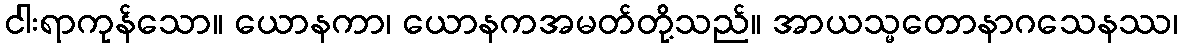
ငါးရာကုန်သော။ ယောနကာ၊ ယောနကအမတ်တို့သည်။ အာယသ္မတောနာဂသေနဿ၊